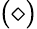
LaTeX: (\diamond)